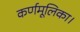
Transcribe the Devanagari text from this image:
कर्णमूलिका।